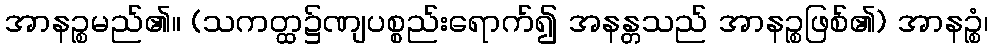
အာနဉ္စမည်၏။ (သကတ္ထ၌ဏျပစ္စည်းရောက်၍ အနန္တသည် အာနဉ္စဖြစ်၏) အာနဉ္စံ၊